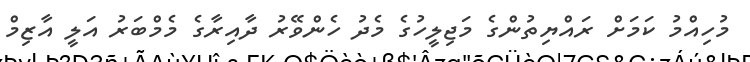
މުހިއްމު ކަމަށް ރައްޔިތުންގެ މަޖިލީހުގެ މެދު ހެންވޭރު ދާއިރާގެ މެމްބަރު އަލީ އާޒިމް